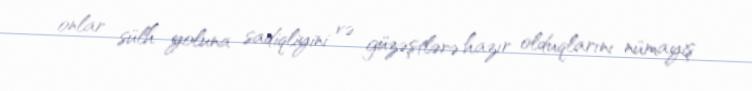
onlar sülh yoluna sadiqliyini və güzəştlərə hazır olduqlarını nümayiş